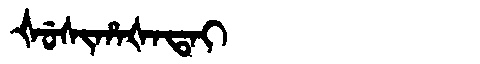
Manchu: ᡧᡠᠰᡳᡥᠠᡧᠠᡨᠠᡳ
Romanization: ŠUSIHAŠATAI